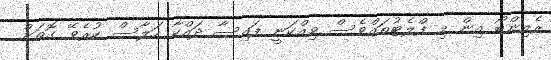
ރެއިންބޯ އިން މި ފްލެޓުތައްވެސް ވިއްކަނީ ފައިސާ ދައްކާ ހަލާސް ކުރެވޭ ގޮތަށް